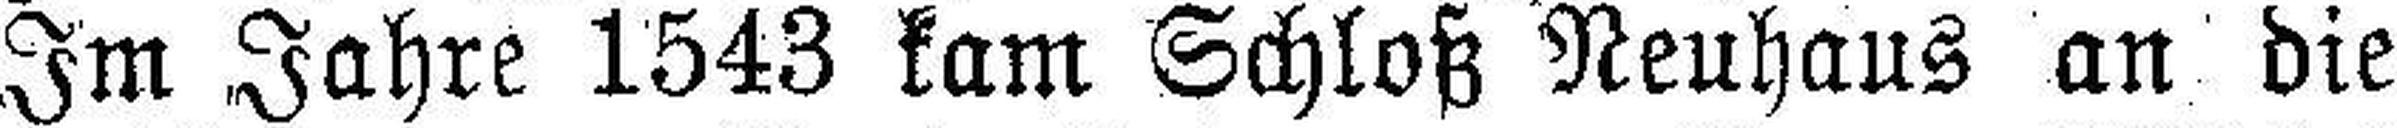
Im Jahre 1543 kam Schloß Neuhaus an die